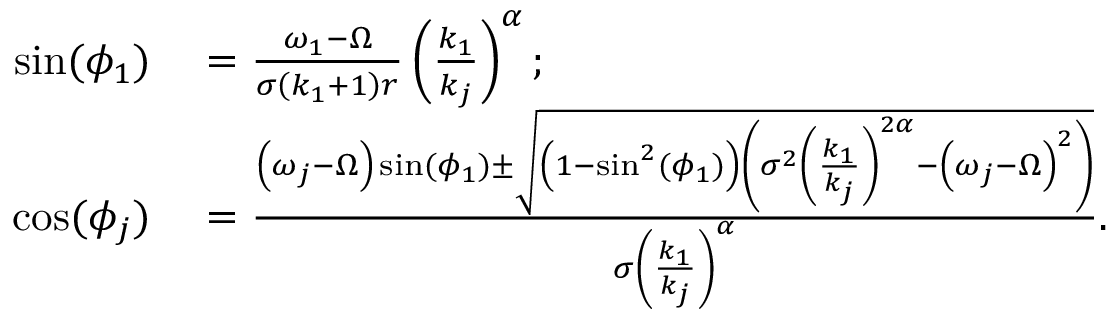
\begin{array} { r l } { \sin ( \phi _ { 1 } ) } & { { } = \frac { \omega _ { 1 } - \Omega } { \sigma \left( k _ { 1 } + 1 \right) r } \left( \frac { k _ { 1 } } { k _ { j } } \right) ^ { \alpha } ; } \\ { \cos ( \phi _ { j } ) } & { { } = \frac { \left( \omega _ { j } - \Omega \right) \sin ( \phi _ { 1 } ) \pm \sqrt { \left( 1 - \sin ^ { 2 } ( \phi _ { 1 } ) \right) \left( \sigma ^ { 2 } \left( \frac { k _ { 1 } } { k _ { j } } \right) ^ { 2 \alpha } - \left( \omega _ { j } - \Omega \right) ^ { 2 } \right) } } { \sigma \left( \frac { k _ { 1 } } { k _ { j } } \right) ^ { \alpha } } . } \end{array}